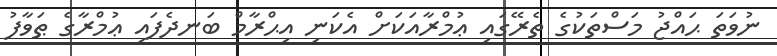
ނުވަތަ ޙައްޖު މަސްތަކުގެ ތެރޭގައި ޢުމްރާއަކަށް އެކަނި އިޙްރާމް ބަނދެފައި ޢުމްރާގެ ޠަވާފު